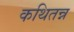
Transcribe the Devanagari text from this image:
कथितन्न